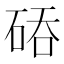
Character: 𮀙